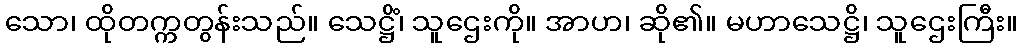
သော၊ ထိုတက္ကတွန်းသည်။ သေဋ္ဌိံ၊ သူဌေးကို။ အာဟ၊ ဆို၏။ မဟာသေဋ္ဌိ၊ သူဌေးကြီး။